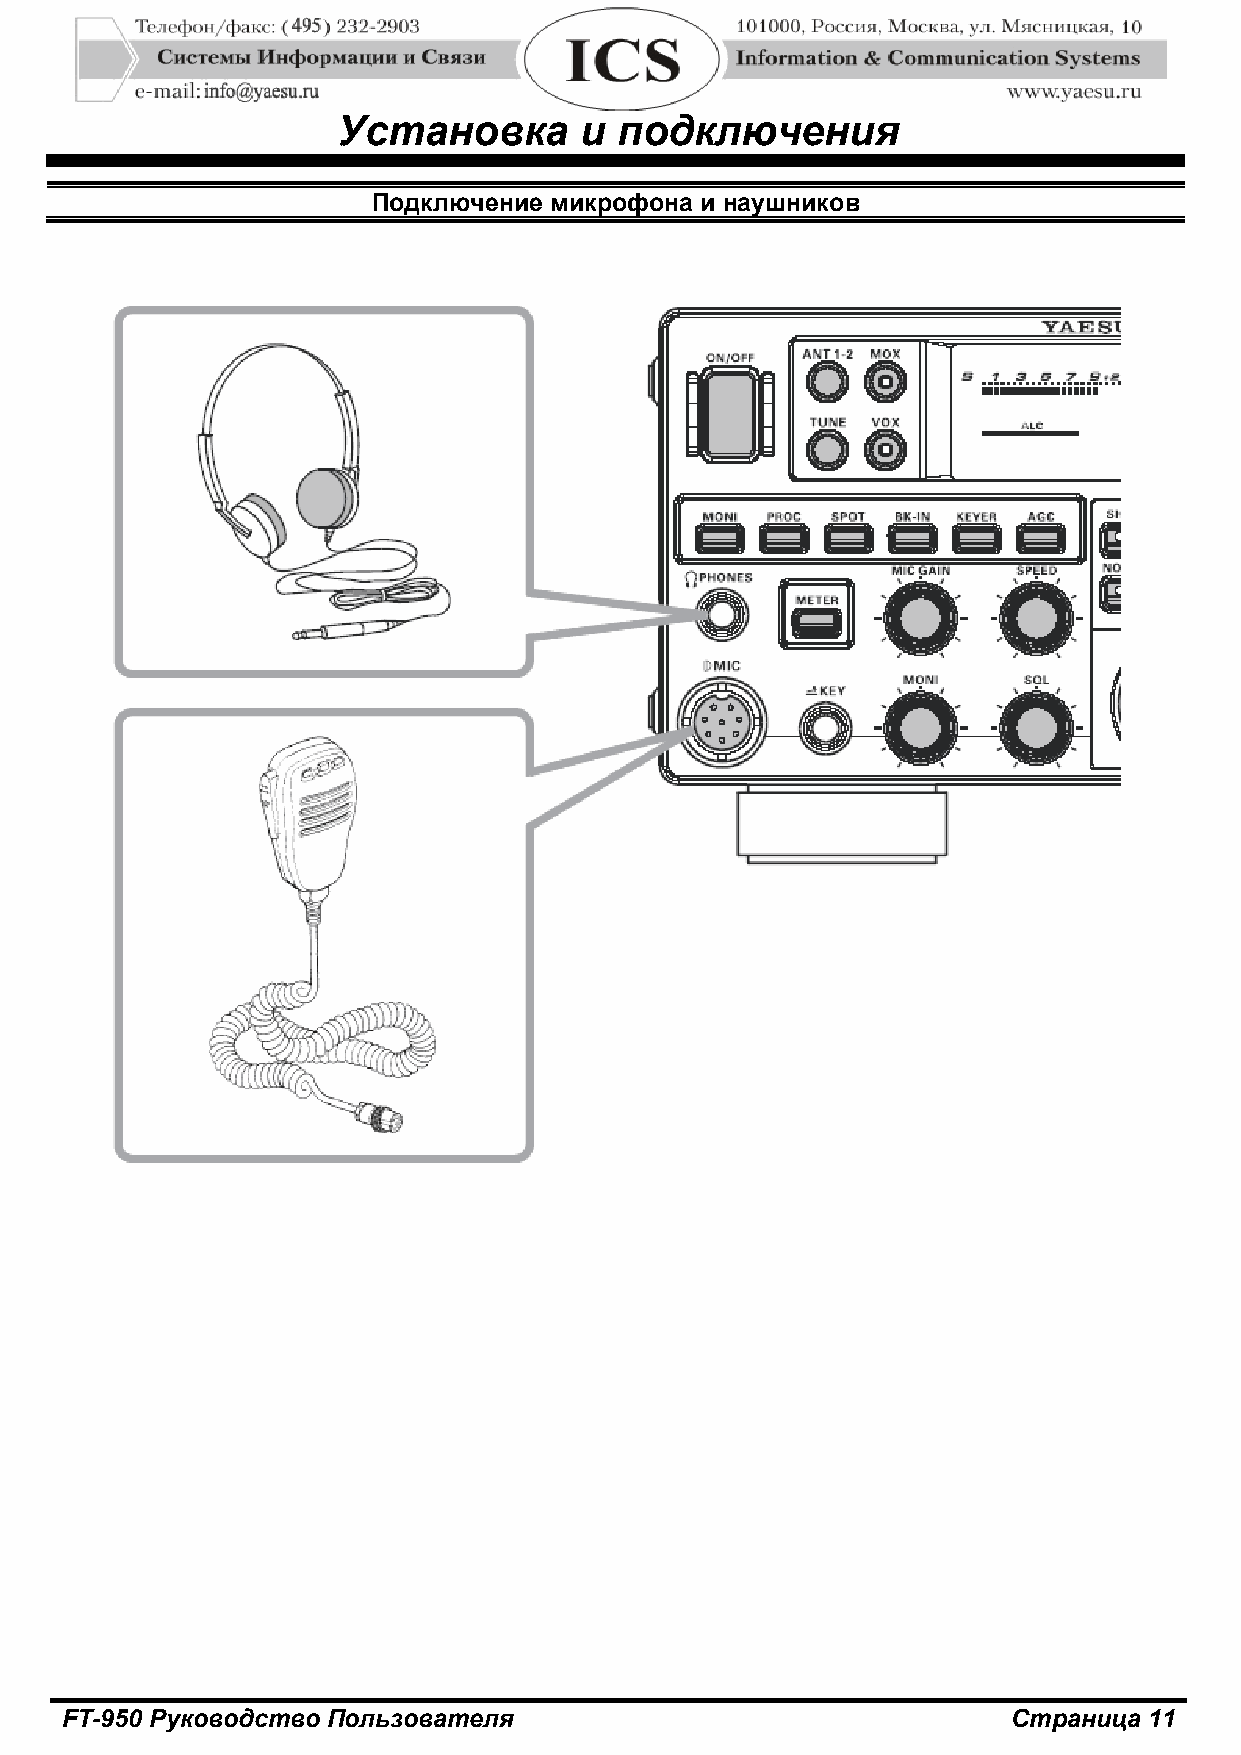
Установка       и  подключения
 Подключение микрофона и наушников
 FT-950 Руководство Пользователя                                Страница 11